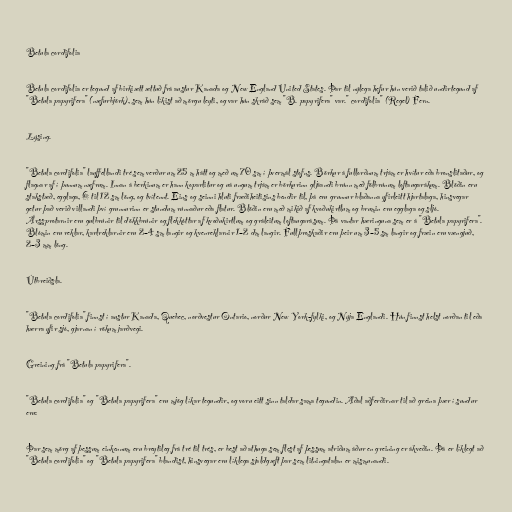
Betula cordifolia

Betula cordifolia er tegund af birkiætt ættuð frá austur Kanada og New England United States. Þar til nýlega hefur hún verið talið undirtegund af
"Betula papyrifera" (næfurbjörk), sem hún líkist að mörgu leyti, og var hún skráð sem "B. papyrifera" var." cordifolia" (Regel) Fern.

Lýsing.

"Betula cordifolia" lauffellandi tré sem verður um 25 m hátt og með um 70 sm í þvermál stofns. Börkur á fullorðnum trjám er hvítur eða bronslitaður, og
flagnar af í þunnum næfrum. Innan á berkinum er hann koparlitur og uá ungum trjám er börkurinn gljáandi brúnn með fölbrúnum loftaugarákum. Blöðin eru
stakstæð, egglaga, 6 til 12 sm löng, og tvítennt. Eins og seinni hluti fræðiheitisins bendir til, þá eru grunnur blaðanna yfirleitt hjartalaga, hinsvegar
getur það verið villandi því grunnurinn er stundum rúnnaður eða flatur. Blöðin eru með mikið af kvoðukirtlum og brumin eru egglaga og sljó.
Árssprotarnir eru gulbrúnir til dökkbrúnir og flekkóttar af kvoðukirtlum og gráleitum loftaugarásum. Þá vantar hæringuna sem er á "Betula papyrifera".
Blómin eru reklar, karlreklarnir eru 2–4 sm langir og kvenreklarnir 1–2 dm langir. Fullþroskaðir eru þeir um 3–5 sm langir og fræin eru vængjuð,
2–3 mm löng.

Útbreiðsla.

"Betula cordifolia" finnst í austur Kanada, Quebec, norðvestur Ontario, norður New York-fylki, og Nýja Englandi. Hún finnst helst norðan til eða
hærra yfir sjó, gjarnan í rökum jarðvegi.

Greining frá "Betula papyrifera".

"Betula cordifolia" og "Betula papyrifera" eru mjög líkar tegundir, og voru eitt sinn taldar sama tegundin. Aðal aðferðirnar til að greina þær í sundur
eru:

Þar sem mörg af þessum einkennum eru breytileg frá tré til trés, er best að athuga sem flest af þessum atriðum áður en greining er ákveðin. Þá er líklegt að
"Betula cordifolia" og "Betula papyrifera" blandist, hinsvegar eru líklega sjaldgæft þar sem litningatalan er mismunandi.